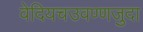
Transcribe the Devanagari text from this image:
वेदियचउवण्णजुदा